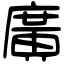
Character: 廣